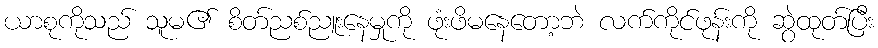
ယာစုကိုသည် သူမ၏ စိတ်ညစ်ညူးနေမှုကို ဖုံးဖိမနေတော့ဘဲ လက်ကိုင်ဖုန်းကို ဆွဲထုတ်ပြီး